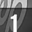
Digit: 1